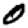
Digit: 0